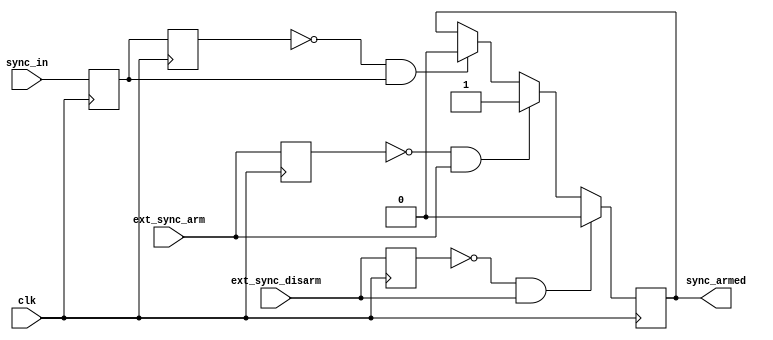
// ***************************************************************************
// ***************************************************************************
// Copyright 2018 (c) Analog Devices, Inc. All rights reserved.
//
// Each core or library found in this collection may have its own licensing terms.
// The user should keep this in in mind while exploring these cores.
//
// Redistribution and use in source and binary forms,
// with or without modification of this file, are permitted under the terms of either
//  (at the option of the user):
//
//   1. The GNU General Public License version 2 as published by the
//      Free Software Foundation, which can be found in the top level directory, or at:
// https://www.gnu.org/licenses/old-licenses/gpl-2.0.en.html
//
// OR
//
//   2.  An ADI specific BSD license as noted in the top level directory, or on-line at:
// https://github.com/analogdevicesinc/hdl/blob/dev/LICENSE
//
// ***************************************************************************
// ***************************************************************************

`timescale 1ns/100ps

module util_ext_sync #(
  parameter ENABLED = 1
) (
  input clk,

  input ext_sync_arm,
  input ext_sync_disarm,

  input sync_in,

  output reg sync_armed = 1'b0
);

  reg sync_in_d1 = 1'b0;
  reg sync_in_d2 = 1'b0;
  reg ext_sync_arm_d1 = 1'b0;
  reg ext_sync_disarm_d1 = 1'b0;

  // External sync
  always @(posedge clk) begin
    ext_sync_arm_d1 <= ext_sync_arm;
    ext_sync_disarm_d1 <= ext_sync_disarm;

    sync_in_d1 <= sync_in ;
    sync_in_d2 <= sync_in_d1;

    if (ENABLED == 1'b0) begin
      sync_armed <= 1'b0;
    end else if (~ext_sync_disarm_d1 & ext_sync_disarm) begin
      sync_armed <= 1'b0;
    end else if (~ext_sync_arm_d1 & ext_sync_arm) begin
      sync_armed <= 1'b1;
    end else if (~sync_in_d2 & sync_in_d1) begin
      sync_armed <= 1'b0;
    end
  end

endmodule